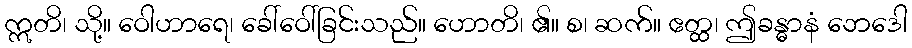
ဣတိ၊ သို့။ ဝေါဟာရေ၊ ခေါ်ဝေါ်ခြင်းသည်။ ဟောတိ၊ ၏။ စ၊ ဆက်။ ဧတ္ထ၊ ဤခန္ဓာနံ ဘေဒေါ